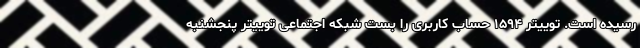
رسیده است. توییتر ۱۵۹۴ حساب کاربری را بست شبکه اجتماعی توییتر پنجشنبه